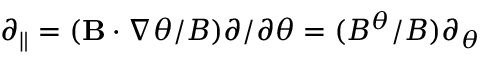
\partial _ { \| } = ( \mathbf { B } \cdot \nabla \theta / B ) \partial / \partial \theta = ( B ^ { \theta } / B ) \partial _ { \theta }